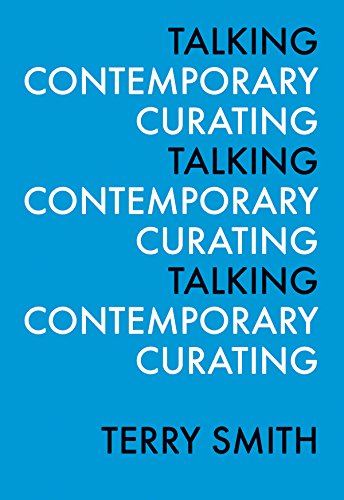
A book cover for Talking Contemporary Curating; Terry Smith; Politics & Social Sciences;